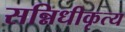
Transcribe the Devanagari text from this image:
सन्निधीकृत्य